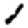
Digit: 1